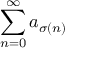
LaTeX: \sum _ { n = 0 } ^ { \infty } a _ { \sigma ( n ) }